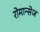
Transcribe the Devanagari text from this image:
रोमान्सेज